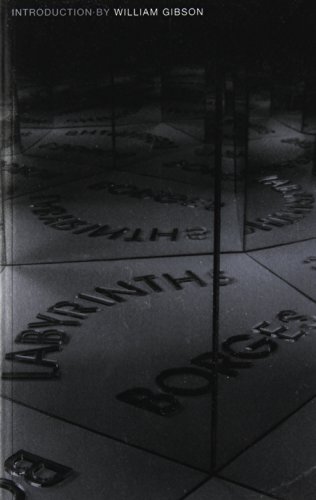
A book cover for Labyrinths (New Directions Paperbook); Jorge Luis Borges; Literature & Fiction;